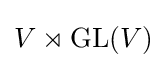
V\rtimes \mathrm {GL} (V)